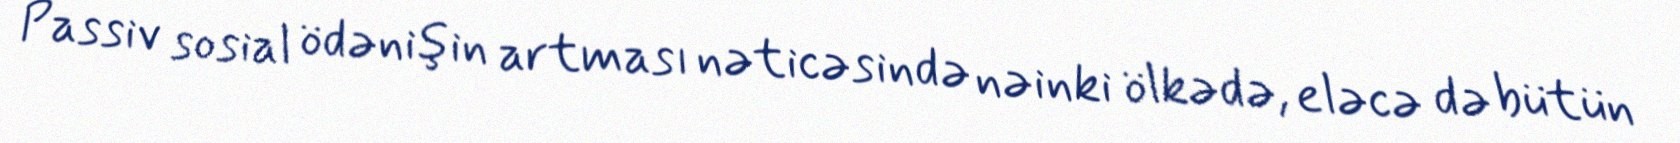
Passiv sosial ödənişin artması nəticəsində nəinki ölkədə, eləcə də bütün